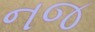
નજ